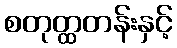
စတုတ္ထတန်းနှင့်